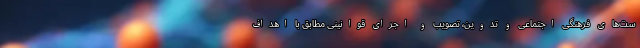
ست‌های فرهنگی اجتماعی و تدوین، تصویب و اجرای قوانینی مطابق با اهداف